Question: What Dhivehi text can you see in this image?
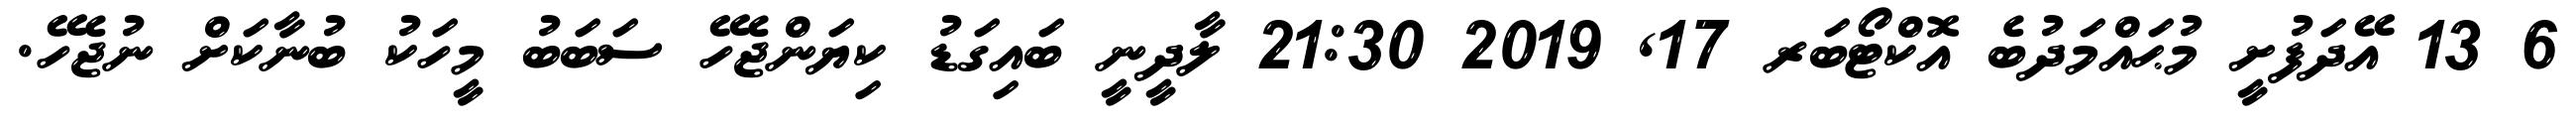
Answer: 6 13 އޭދަފުށީ މުޙައްމަދުބެ އޮކްޓޯބަރ 17, 2019 21:30 ލާދީނީ ބައިގަޑު ކިޔަންޖެހޭ ސަބަބު މީހަކު ބުނާކަށް ނުޖެހޭ.